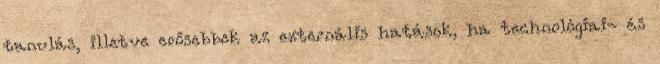
tanulás, illetve erősebbek az externális hatások, ha technológiai- és